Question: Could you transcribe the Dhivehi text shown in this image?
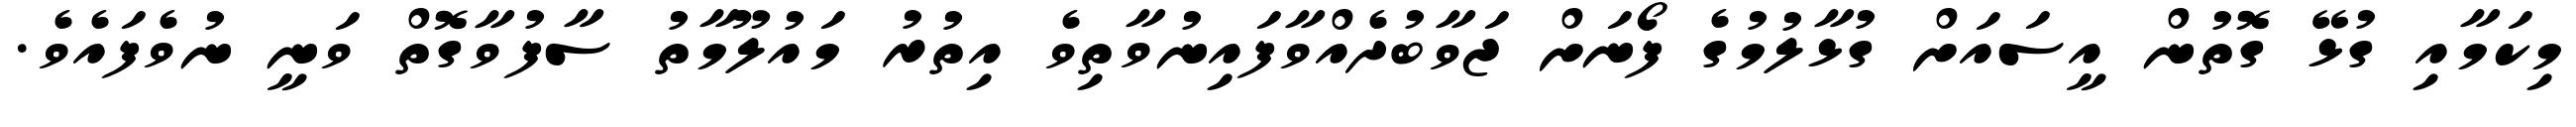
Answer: މިކަމާއި ގުޅޭ ގޮތުން އީސައަށް ގުޅާލުމުގެ ފޯނަށް ޖަވާބުދެއްވާފައިނުވާތިވެ އިތުރު މައުލޫމާތު ސާފުވާގޮތް ވަނީ ނުވެފައެވެ.